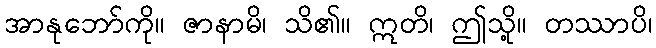
အာနုဘော်ကို။ ဇာနာမိ၊ သိ၏။ ဣတိ၊ ဤသို့။ တဿာပိ၊